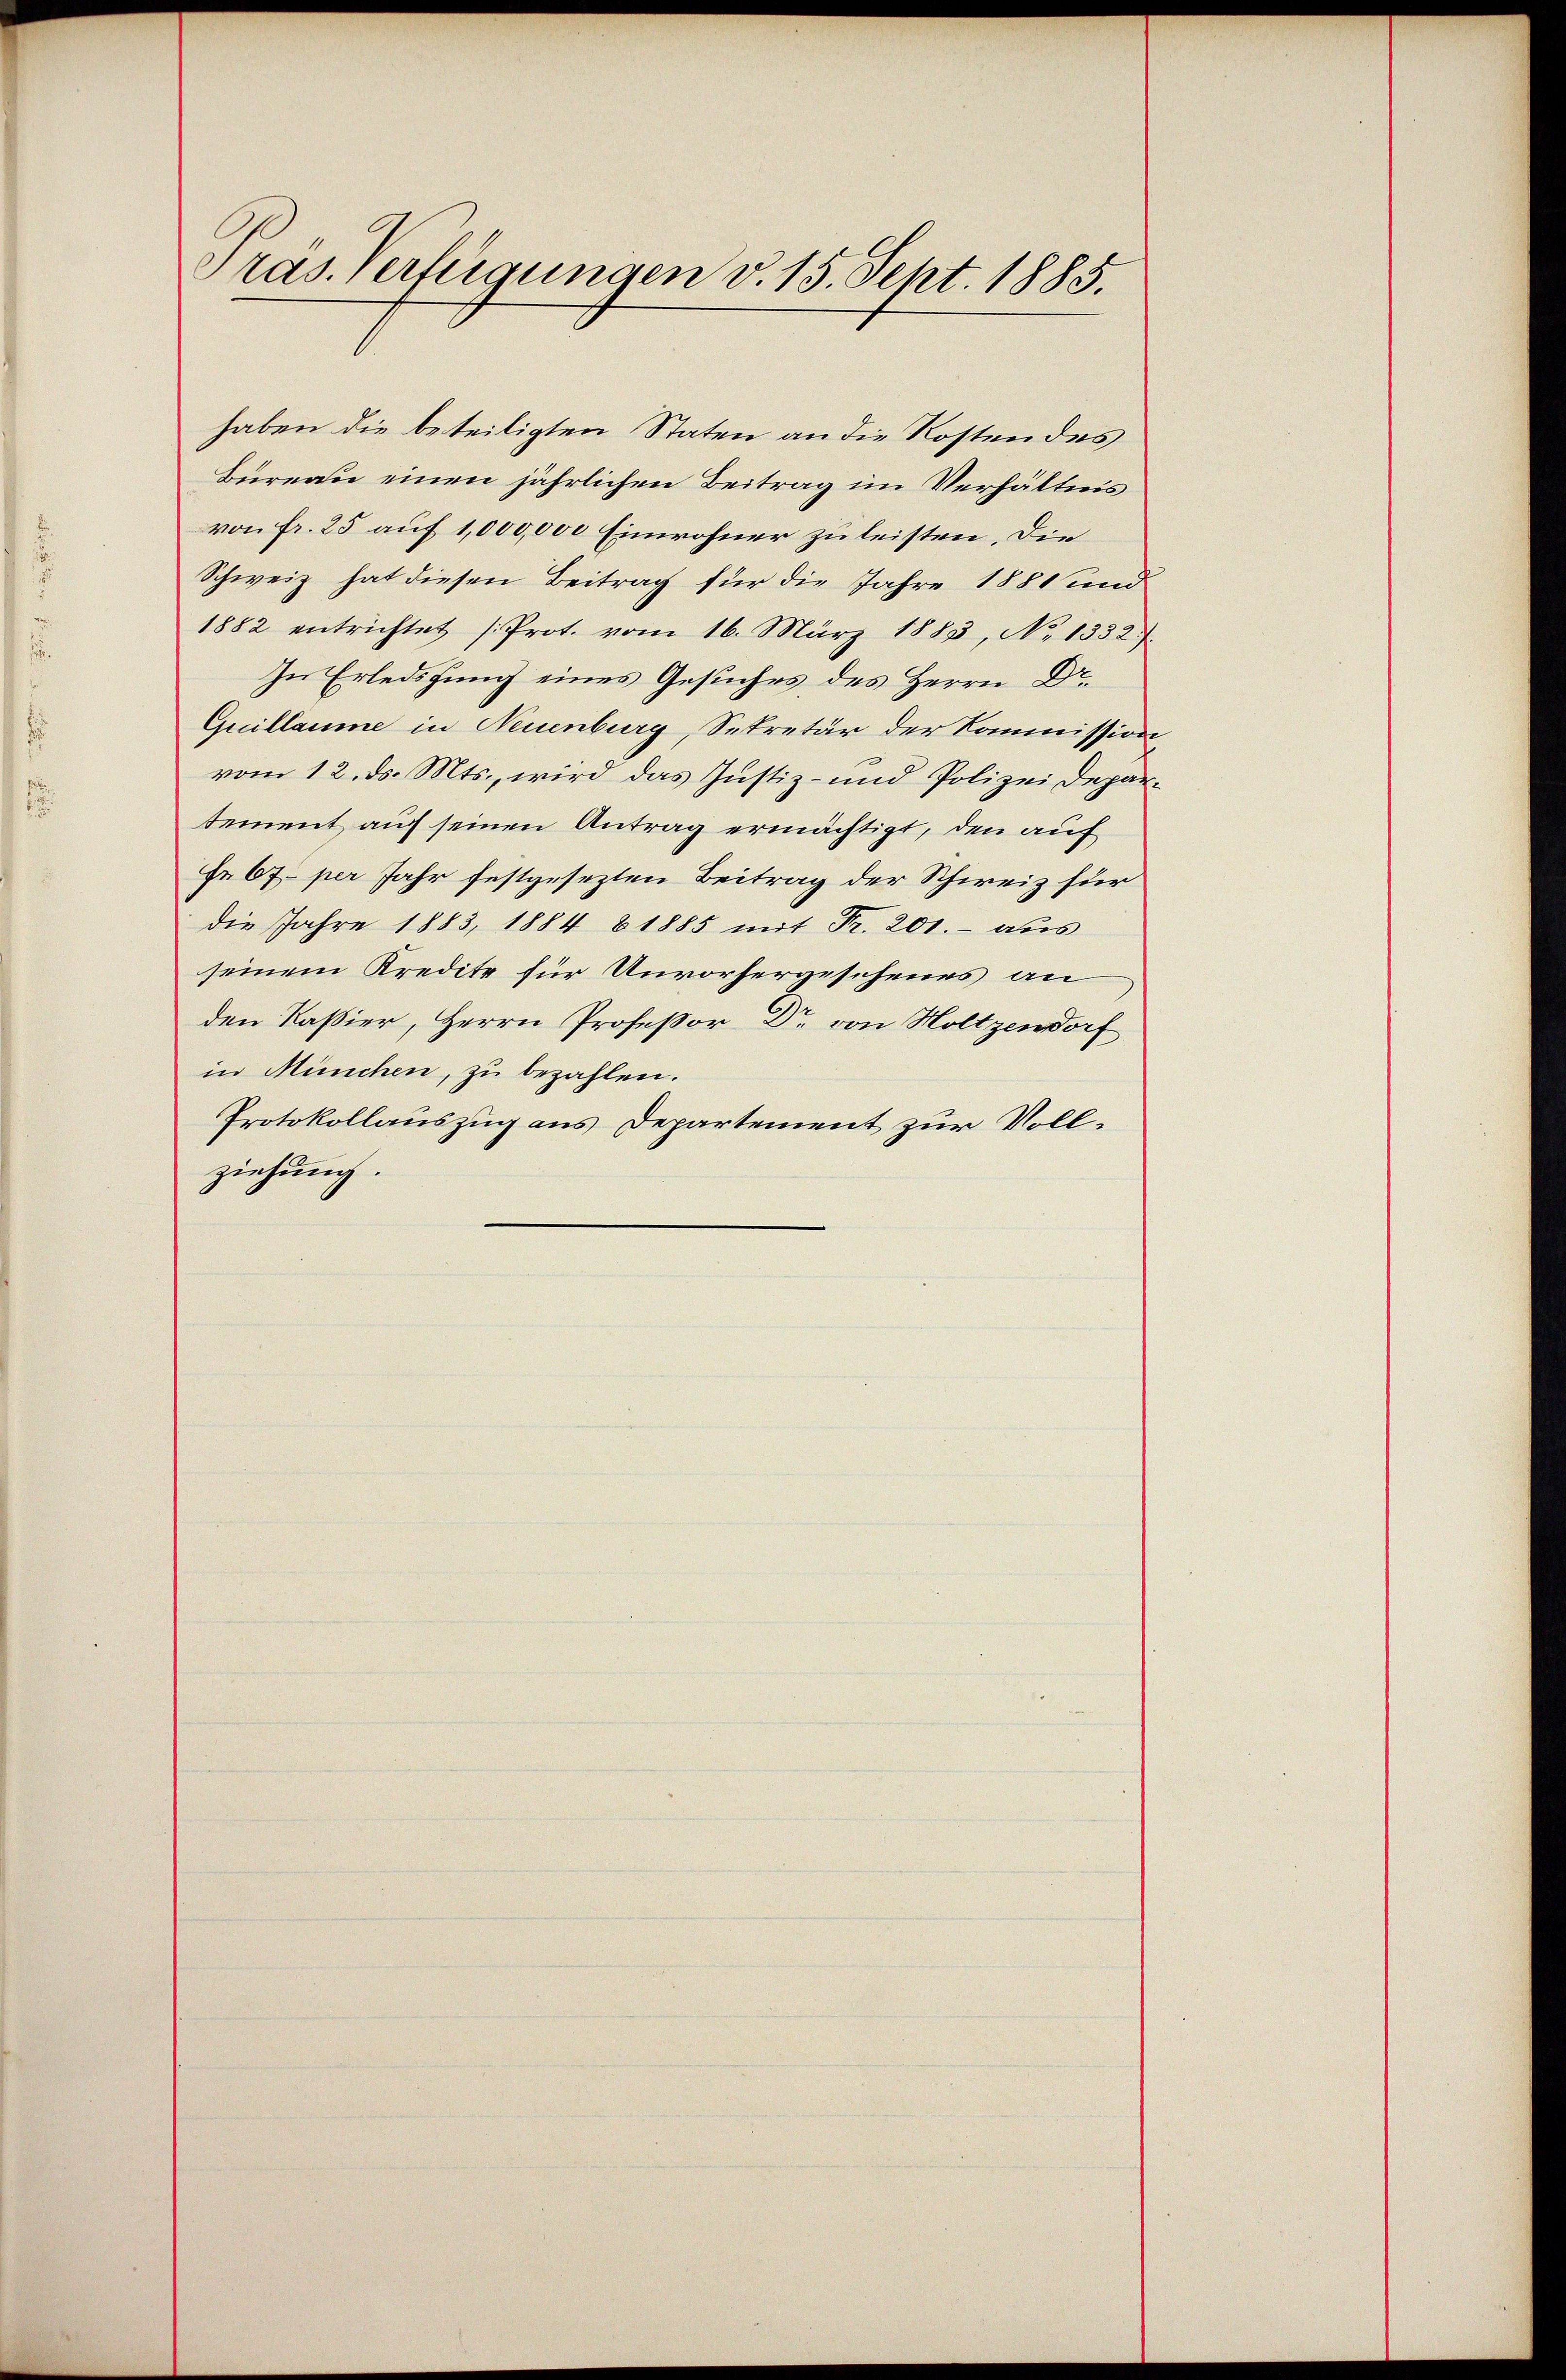
Pras. Verfügungen v. 15. Sept. 1885.

haben die beteiligten Staten an die Kostendes
Bureau einen jährlichen Beitrag im Verhältnis
von Fr. 25 auf 1,000,000 Einwohner zu leisten. Die
Schweiz hat diesen Beitrag für die Jahre 1881 und
1882 entrichtet (Prot. vom 16. März 1883, No. 1352.
In Erledigung eines Gesuches des Herrn Dr.
Quillaume in Neuenburg, Sekretär der Kommission,
vom 12. ds. Mts., wird das Justiz- und Polizei Departement auf seinen Antrag ermächtigt, den auf
Fr 67 per Jahr festgesezten Beitrag der Schweiz für
die Jahre 1883, 1884 81885 mit Fr. 201.- aus
seinem Kredite für Unvorhergeschenes an
den Kaßier, Herrn Professor Dr. von Holtzendorf
in München, zu bezahlen.
Protokollauszug aus Departement zur Vollziehung.